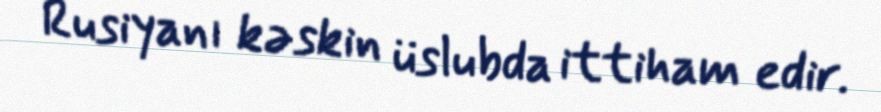
Rusiyanı kəskin üslubda ittiham edir.